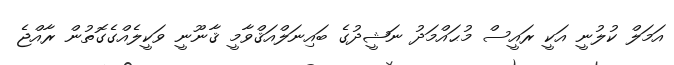
އަމަލް ކުލުނީ އަކީ ރައީސް މުޙައްމަދު ނަޝީދުގެ ބައިނަލްއަޤްވާމީ ޤާނޫނީ ވަކީލެއްގެގޮތުން ރާއްޖެ